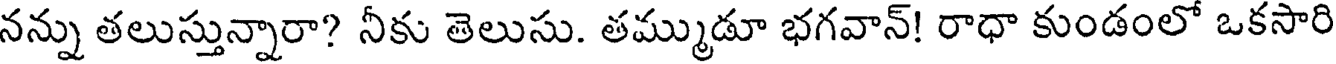
నన్ను తలుస్తున్నారా? నీకు తెలుసు. తమ్ముడూ భగవాన్! రాధా కుండంలో ఒకసారి